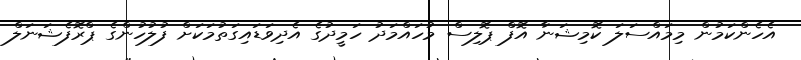
އެހެންކަމުން މިމައްސަލަ ކޮމިޝަނާ އޮފް ޕޮލިސް މުހައްމަދު ހަމީދުގެ އެދިވަޑައިގަތުމަކަށް ފުލުހުންގެ ޕްރޮފެޝަނަލް